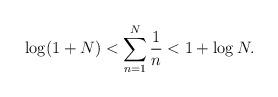
LaTeX: \begin{align*}\log(1+N)<\sum_{n=1}^{N}\frac{1}{n}<1+\log N.\end{align*}